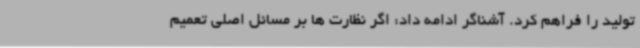
تولید را فراهم کرد. آشناگر ادامه داد: اگر نظارت ها بر مسائل اصلی تعمیم